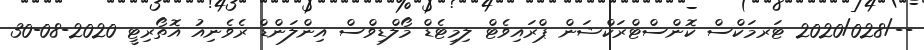
--/2020/028 ޓަރމަކްސް ކޮންސްޓްރަކްޝަން ޕްރައިވެޓް ލިމިޓެޑް މޯލްޑިވްސް އިންލަންޑް ރެވެނިއު އޮތޯރިޓީ 2020-08-30